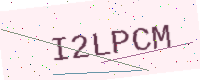
Text: I2LPCM